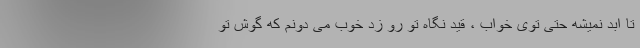
تا ابد نمیشه حتی توی خواب ، قید نگاه تو رو زد خوب می دونم که گوش تو